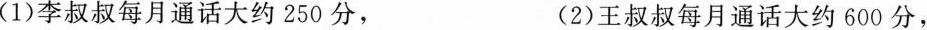
(1)李叔叔每月通话大约250分， (2)王叔叔每月通话大约600分，